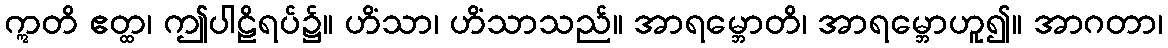
ဣတိ ဧတ္ထ၊ ဤပါဠိရပ်၌။ ဟိံသာ၊ ဟိံသာသည်။ အာရမ္ဘောတိ၊ အာရမ္ဘောဟူ၍။ အာဂတာ၊